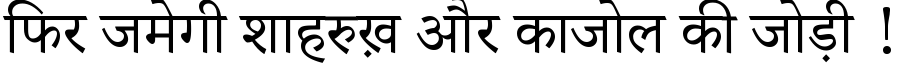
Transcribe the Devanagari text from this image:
फिर जमेगी शाहरुख़ और काजोल की जोड़ी !